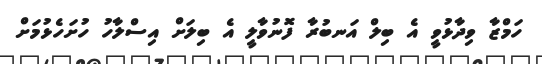
ހަމްޒާ ވިދާޅުވީ އެ ބިލް އަނބުރާ ފޮނުވާލީ އެ ބިލަށް އިސްލާހު ހުށަހެޅުމަށް